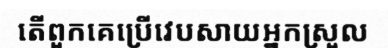
តើពួកគេប្រើវេបសាយអ្នកស្រួល